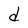
Character: d